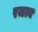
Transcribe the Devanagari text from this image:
रजत्व